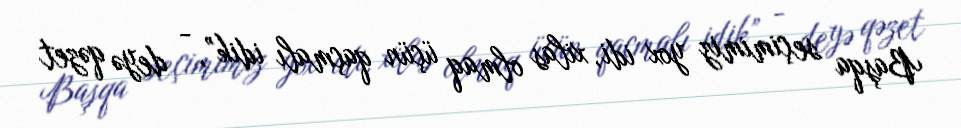
Başqa seçimimiz yox idi, xilas olmaq üçün qaçmalı idik”, - deyə qəzet